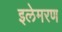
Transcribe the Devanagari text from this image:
इलेमरण